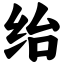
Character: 绐